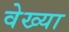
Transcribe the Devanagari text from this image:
वेख्या